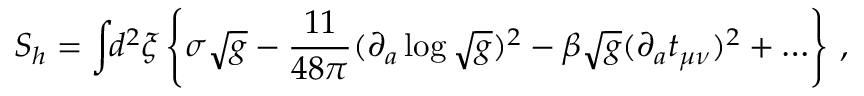
S _ { h } = \int \! \! d ^ { 2 } \xi \left\{ \sigma \sqrt { g } - \frac { 1 1 } { 4 8 \pi } ( \partial _ { a } \log \sqrt { g } ) ^ { 2 } - \beta \sqrt { g } ( \partial _ { a } t _ { \mu \nu } ) ^ { 2 } + \ldots \right\} \, ,